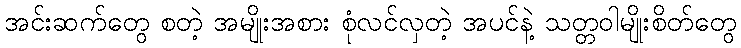
အင်းဆက်တွေ စတဲ့ အမျိုးအစား စုံလင်လှတဲ့ အပင်နဲ့ သတ္တဝါမျိုးစိတ်တွေ